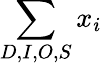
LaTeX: \sum_{D,I,O,S}x_{i}